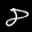
Label: 8